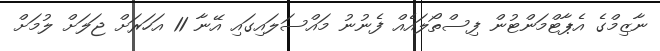
ނާޒިމްގެ އެޕާޓްމަންޓުން ފިސްތޯލައެއް ފެނުނު މައްސަލައިގައި އޭނާ 11 އަހަރަށް ޖަލަށް ލުމަށް